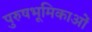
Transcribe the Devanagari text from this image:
पुरुषभूमिकाओं